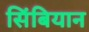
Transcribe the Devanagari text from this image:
सिंबियान